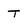
Character: t